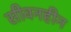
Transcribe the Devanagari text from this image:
सीवनहीन